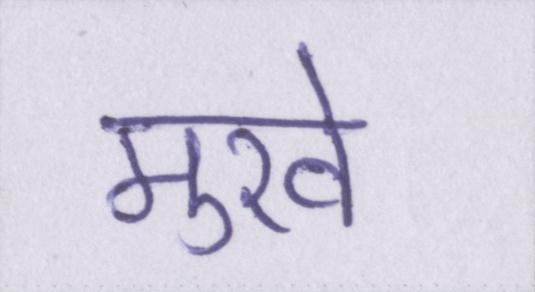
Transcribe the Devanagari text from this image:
मुखे